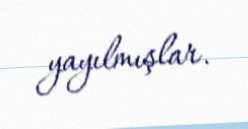
yayılmışlar.